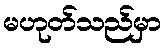
မဟုတ်သည်မှာ